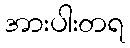
အားပါးတရ